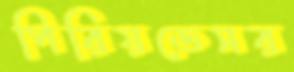
পিরিয়ডেসর